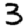
Digit: 3